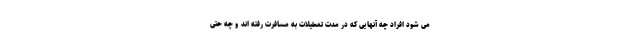
می شود افراد چه آنهایی که در مدت تعطیلات به مسافرت رفته اند و چه حتی